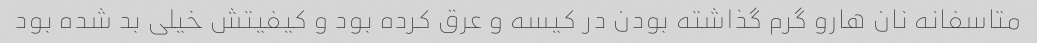
متاسفانه نان هارو گرم گذاشته بودن در کیسه و عرق کرده بود و کیفیتش خیلی بد شده بود